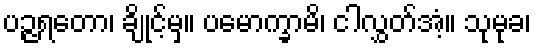
ပဉ္ဇရတော၊ ချိုင့်မှ။ ပမောက္ခာမိ၊ ငါလွှတ်အံ့။ သုမုခ၊